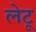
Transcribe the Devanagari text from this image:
लेटू